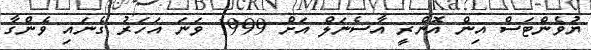
ޔުވެންޓަސް އިން އޮންރީ އާސެނަލް އަށް 1999 ވަނަ އަހަރު ގެނައި ވެންގާ